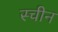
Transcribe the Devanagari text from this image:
स्चीन